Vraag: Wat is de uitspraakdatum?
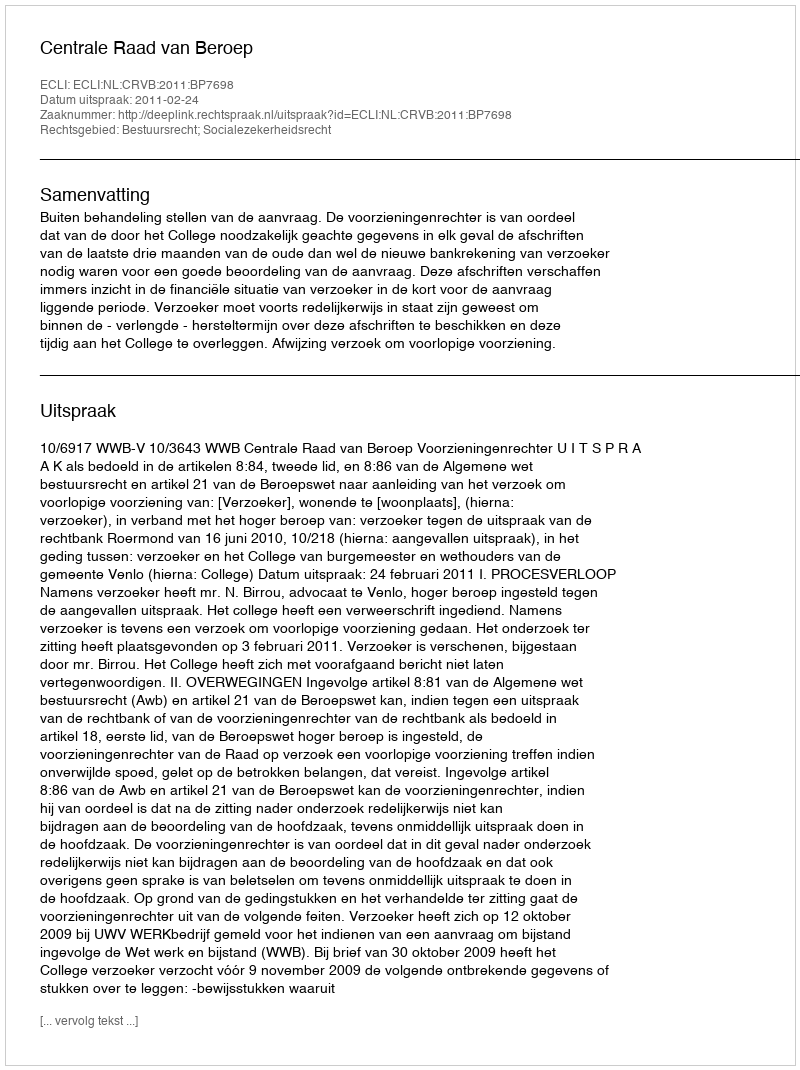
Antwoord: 2011-02-24